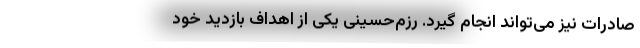
صادرات نیز می‌تواند انجام گیرد. رزم‌حسینی یکی از اهداف بازدید خود